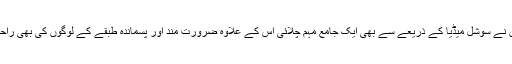
لیگل سروسز اداروں نے سوشل میڈیا کے ذریعے سے بھی ایک جامع مہم چلائی اس کے علاوہ ضرورت مند اور پسماندہ طبقے کے لوگوں کی بھی راحت رسانی کی گئی ۔